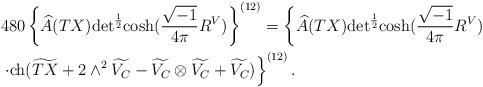
LaTeX: \begin{align*}&480\left\{\widehat{A}(TX){\rm det}^{\frac{1}{2}}{\rm cosh}(\frac{\sqrt{-1}}{4 \pi}R^V)\right\}^{(12)}=\left\{\widehat{A}(TX){\rm det}^{\frac{1}{2}}{\rm cosh}(\frac{\sqrt{-1}}{4 \pi}R^V)\right.\\&\left.\cdot{\rm ch}(\widetilde{TX}+2\wedge^2\widetilde{V_C}-\widetilde{V_C}\otimes \widetilde{V_C}+\widetilde{V_C})\right\}^{(12)}.\end{align*}